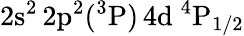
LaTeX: \mathrm{2s^{2}\, 2p^{2}(^{3}P)\, 4d~^{4}P_{1/2}}